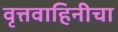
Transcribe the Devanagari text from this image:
वृत्तवाहिनीचा